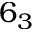
6 _ { 3 }